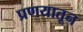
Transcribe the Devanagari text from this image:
प्रणयातून